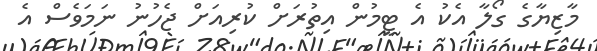
މާޒިޔާގެ ގޯލާ އެކު އެ ޓީމުން އިތުރަށް ކުރިއަށް ޖެހުނު ނަމަވެސް އެ